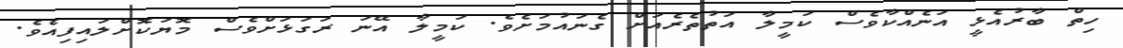
ހިތް ބާރުއެޅީ އަނެއްކާވެސް ކަމީލާ އަތުތެރެއަށް ގެނައުމަށެވެ. ކަމީލާ އޭނަ ރަގަޅަށްވެސް މޮޔަކޮށްލައިފިއެވެ.